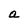
Character: a